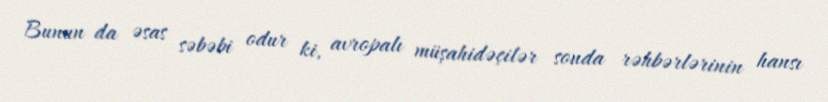
Bunun da əsas səbəbi odur ki, avropalı müşahidəçilər sonda rəhbərlərinin hansı